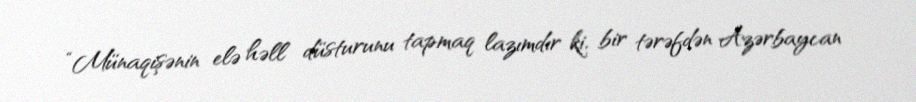
“Münaqişənin elə həll düsturunu tapmaq lazımdır ki, bir tərəfdən Azərbaycan